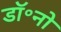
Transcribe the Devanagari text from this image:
डॉ॰नो